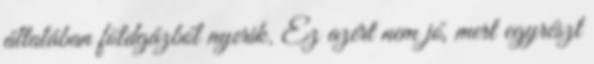
általában földgázból nyerik. Ez azért nem jó, mert egyrészt